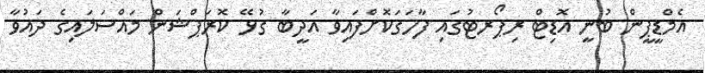
އެމްޑީޕީން ބުނީ އޮޑިޓް ރިޕޯރޓުގައި ފާހަގަކޮށްފައިވާ އަދީބާ ގުޅޭ ކޮރަޕްޝަން މައްސަލައިގެ ދައުވާ